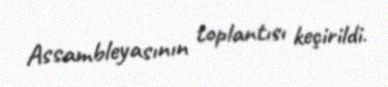
Assambleyasının toplantısı keçirildi.